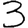
Digit: 3